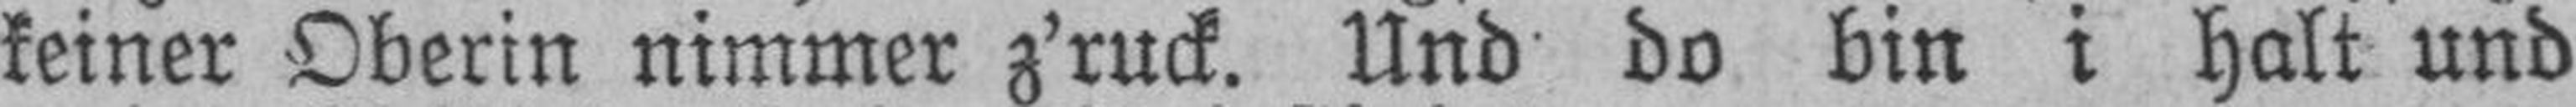
keiner Oberin nimmer z’ruck. Und do bin i halt und